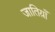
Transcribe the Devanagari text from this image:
जातिय़ाँ